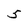
Character: 5